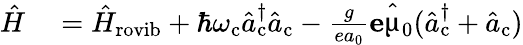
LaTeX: \begin{array}{rl}{\hat{H}}&{{}=\hat{H}_{\mathrm{rovib}}+\hbar\omega_{\mathrm{c}}\hat{a}_{\mathrm{c}}^{\dagger}\hat{a}_{\mathrm{c}}-\frac{g}{ea_{0}}\mathbf{e}\hat{\mathbf{\upmu}}_{0}(\hat{a}_{\mathrm{c}}^{\dagger}+\hat{a}_{\mathrm{c}})}\end{array}